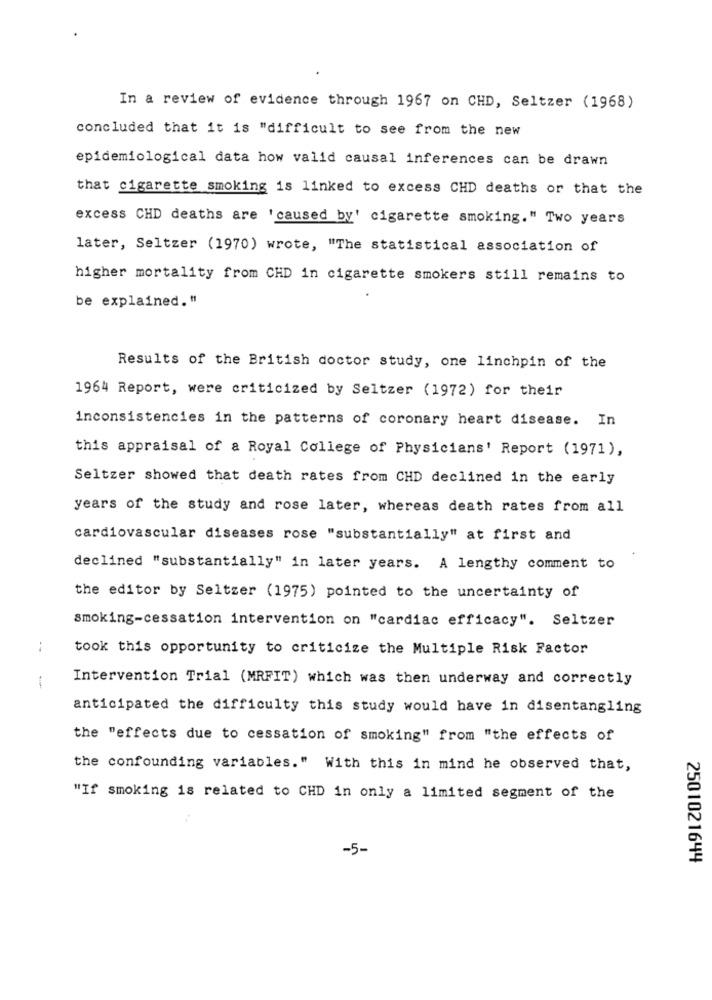
In a review of evidence through 1967 on CHD, Seltzer (1968)
concluded that it is "difficult to see from the new
epidemiological data how valid causal inferences can be drawn
that cigarette smoking is linked to excess CHD deaths or that the
excess CHD deaths are 'caused by' cigarette smoking." Two years
later, Seltzer (1970) wrote, "The statistical association of
higher mortality from CHD in cigarette smokers still remains to
be explained."
Results of the British doctor study, one linchpin of the
1964 Report, were criticized by Seltzer (1972) for their
inconsistencies in the patterns of coronary heart disease. In
this appraisal of a Royal College of Physicians' Report (1971),
Seltzer showed that death rates from CHD declined in the early
years of the study and rose later, whereas death rates from all
cardiovascular diseases rose "substantially" at first and
declined "substantially" in later years. A lengthy comment to
the editor by Seltzer (1975) pointed to the uncertainty of
smoking-cessation intervention on "cardiac efficacy". Seltzer
took this opportunity to criticize the Multiple Risk Factor
1
Intervention Trial (MRFIT) which was then underway and correctly
anticipated the difficulty this study would have in disentangling
the "effects due to cessation of smoking" from "the effects of
the confounding variables." With this in mind he observed that,
"If smoking is related to CHD in only a limited segment of the
-5-
2501021644